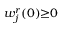
w _ { j } ^ { r } ( 0 ) { \geq } 0